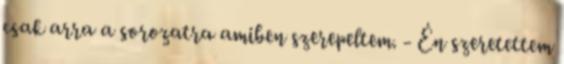
csak arra a sorozatra amiben szerepeltem. - Én szeretettem